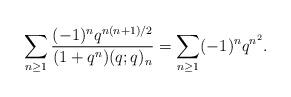
LaTeX: \begin{align*}\sum_{n\geq 1} \frac{(-1)^n q^{n(n+1)/2}}{(1+q^n)(q;q)_n} = \sum_{n\geq 1} (-1)^n q^{n^2}.\end{align*}